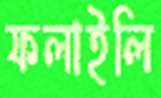
ফলাইলি